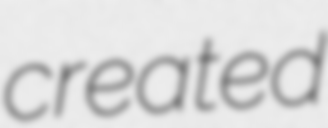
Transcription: created